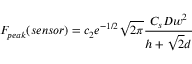
F _ { p e a k } ( s e n s o r ) = c _ { 2 } e ^ { - 1 / 2 } \sqrt { 2 \pi } \frac { C _ { s } D w ^ { 2 } } { h + \sqrt { 2 } d }